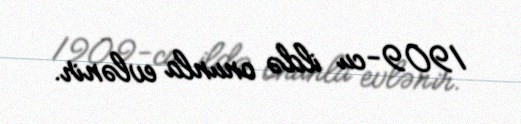
1909-cu ildə onunla evlənir.